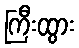
ကြီးထွား